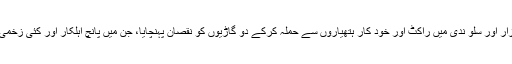
بلیدہ سلو بازار اور سلو ندی میں راکٹ اور خود کار ہتھیاروں سے حملہ کرکے دو گاڑیوں کو نقصان پہنچایا، جن میں پانچ اہلکار اور کئی زخمی ہوئے ہیں۔